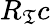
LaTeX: R_{\mathfrak{T}}c